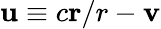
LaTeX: \textbf{u}\equiv c\textbf{r}/r-\textbf{v}